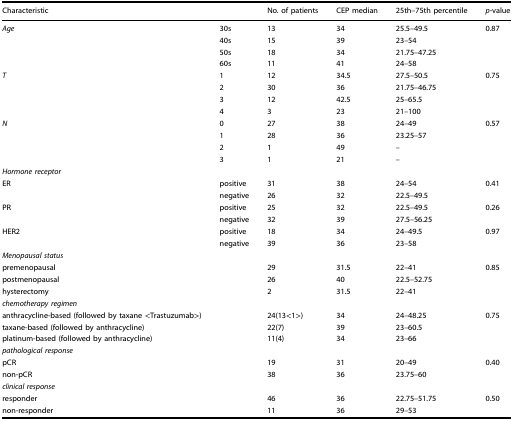
<table><thead><tr><td colspan="2"><b>Characteristic</b></td><td><b>No. of patients</b></td><td><b>CEP median</b></td><td><b>25th–75th percentile</b></td><td><b><i>p</i>-value</b></td></tr></thead><tbody><tr><td><i>Age</i></td><td>30s</td><td>13</td><td>34</td><td>25.5–49.5</td><td>0.87</td></tr><tr><td></td><td>40s</td><td>15</td><td>39</td><td>23–54</td><td></td></tr><tr><td></td><td>50s</td><td>18</td><td>34</td><td>21.75–47.25</td><td></td></tr><tr><td></td><td>60s</td><td>11</td><td>41</td><td>24–58</td><td></td></tr><tr><td><i>T</i></td><td>1</td><td>12</td><td>34.5</td><td>27.5–50.5</td><td>0.75</td></tr><tr><td></td><td>2</td><td>30</td><td>36</td><td>21.75–46.75</td><td></td></tr><tr><td></td><td>3</td><td>12</td><td>42.5</td><td>25–65.5</td><td></td></tr><tr><td></td><td>4</td><td>3</td><td>23</td><td>21–100</td><td></td></tr><tr><td><i>N</i></td><td>0</td><td>27</td><td>38</td><td>24–49</td><td>0.57</td></tr><tr><td></td><td>1</td><td>28</td><td>36</td><td>23.25–57</td><td></td></tr><tr><td></td><td>2</td><td>1</td><td>49</td><td>–</td><td></td></tr><tr><td></td><td>3</td><td>1</td><td>21</td><td>–</td><td></td></tr><tr><td colspan="6"><i>Hormone receptor</i></td></tr><tr><td>ER</td><td>positive</td><td>31</td><td>38</td><td>24–54</td><td>0.41</td></tr><tr><td></td><td>negative</td><td>26</td><td>32</td><td>22.5–49.5</td><td></td></tr><tr><td>PR</td><td>positive</td><td>25</td><td>32</td><td>22.5–49.5</td><td>0.26</td></tr><tr><td></td><td>negative</td><td>32</td><td>39</td><td>27.5–56.25</td><td></td></tr><tr><td>HER2</td><td>positive</td><td>18</td><td>34</td><td>24–49.5</td><td>0.97</td></tr><tr><td></td><td>negative</td><td>39</td><td>36</td><td>23–58</td><td></td></tr><tr><td colspan="6"><i>Menopausal status</i></td></tr><tr><td>premenopausal</td><td></td><td>29</td><td>31.5</td><td>22–41</td><td>0.85</td></tr><tr><td>postmenopausal</td><td></td><td>26</td><td>40</td><td>22.5–52.75</td><td></td></tr><tr><td>hysterectomy</td><td></td><td>2</td><td>31.5</td><td>22–41</td><td></td></tr><tr><td colspan="6"><i>chemotherapy regimen</i></td></tr><tr><td>anthracycline-based (followed by taxane &lt;Trastuzumab&gt;)</td><td></td><td>24(13&lt;1&gt;)</td><td>34</td><td>24–48.25</td><td>0.75</td></tr><tr><td>taxane-based (followed by anthracycline)</td><td></td><td>22(7)</td><td>39</td><td>23–60.5</td><td></td></tr><tr><td>platinum-based (followed by anthracycline)</td><td></td><td>11(4)</td><td>34</td><td>23–66</td><td></td></tr><tr><td colspan="6"><i>pathological response</i></td></tr><tr><td>pCR</td><td></td><td>19</td><td>31</td><td>20–49</td><td>0.40</td></tr><tr><td>non-pCR</td><td></td><td>38</td><td>36</td><td>23.75–60</td><td></td></tr><tr><td colspan="6"><i>clinical response</i></td></tr><tr><td>responder</td><td></td><td>46</td><td>36</td><td>22.75–51.75</td><td>0.50</td></tr><tr><td>non-responder</td><td></td><td>11</td><td>36</td><td>29–53</td><td></td></tr></tbody></table>